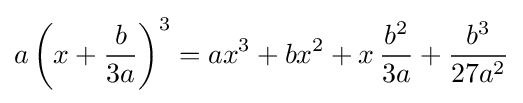
a\left(x+{\frac {b}{3a}}\right)^{3}=ax^{3}+bx^{2}+x\,{\frac {b^{2}}{3a}}+{\frac {b^{3}}{27a^{2}}}